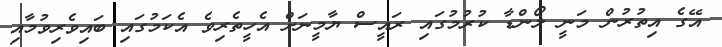
އޭގެ އިތުރުން މަނީ ލޯންޑާ ކުރުމުގައި ރައީސް ޔާމީނަށް އެހީތެރިވެ އެކަމުގައި ބައިވެރިވުމާއި